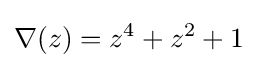
\nabla (z)=z^{4}+z^{2}+1